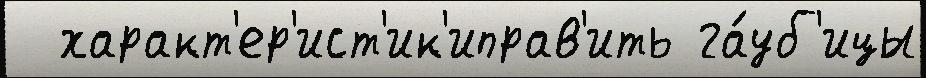
  характ'ер'ист'ик'иправ'ить га́уб'ицы